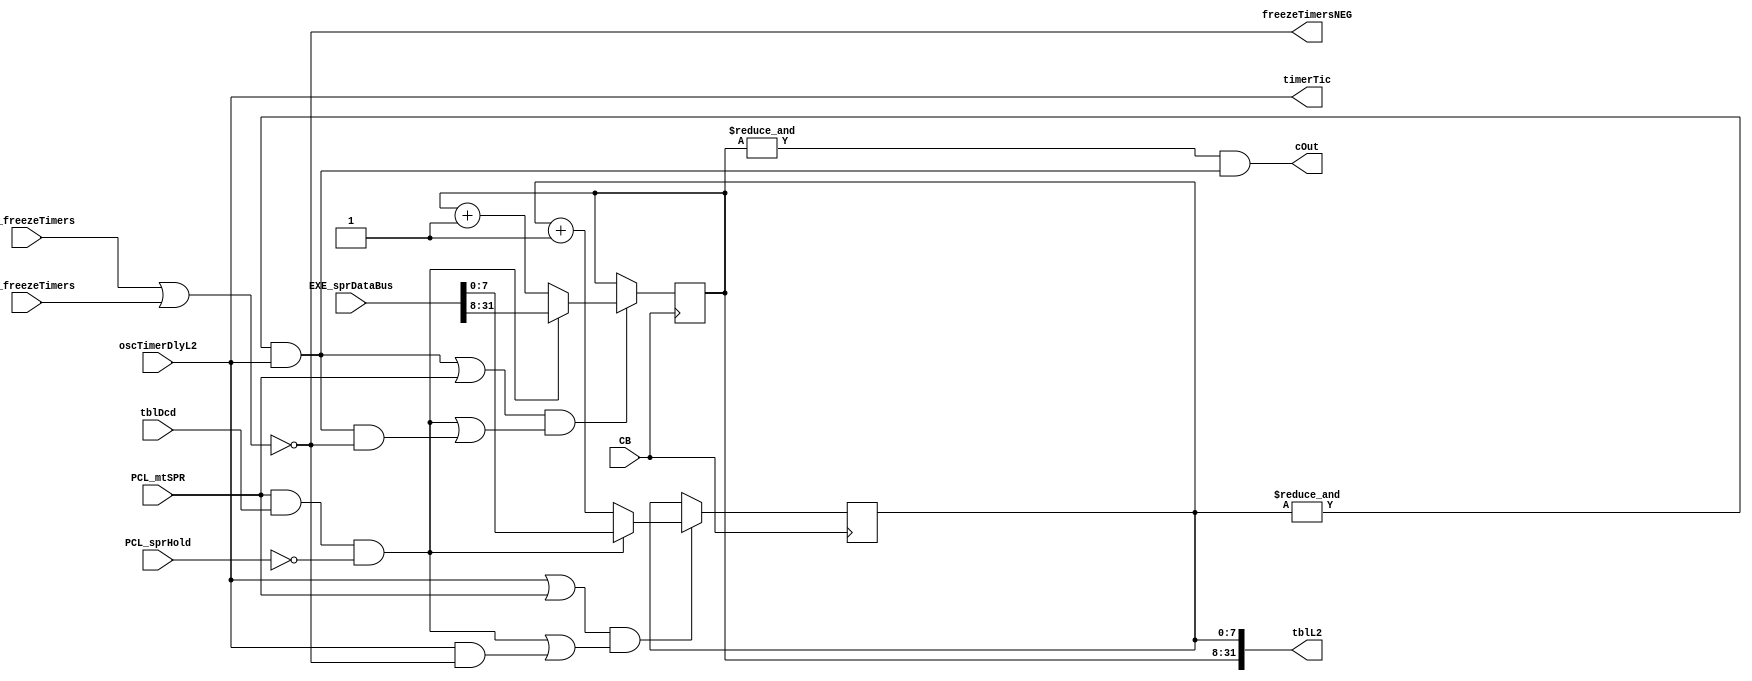
// 
// ************************************************************************** 
// 
//  Copyright (c) International Business Machines Corporation, 2005. 
// 
//  This file contains trade secrets and other proprietary and confidential 
//  information of International Business Machines Corporation which are 
//  protected by copyright and other intellectual property rights and shall 
//  not be reproduced, transferred to other documents, disclosed to others, 
//  or used for any purpose except as specifically authorized in writing by 
//  International Business Machines Corporation. This notice must be 
//  contained as part of this text at all times. 
// 
// ************************************************************************** 
//
module p405s_timerTbl( 
                cOut, 
                freezeTimersNEG, 
                tblL2, 
                timerTic, 
                CB, 
                DBG_freezeTimers,
                EXE_sprDataBus, 
                JTG_freezeTimers, 
                PCL_mtSPR, 
                PCL_sprHold, 
                oscTimerDlyL2, 
                tblDcd           
               );

output  cOut; 
output  freezeTimersNEG; 
output  timerTic;
output [0:31]  tblL2;

input  DBG_freezeTimers; 
input  JTG_freezeTimers; 
input  PCL_mtSPR; 
input  PCL_sprHold; 
input  oscTimerDlyL2; 
input  tblDcd;
input [0:31]  EXE_sprDataBus;
input CB;

// Buses in the design

wire  [0:31]  inc;
wire timerTic ;
wire timerTic_i ;
wire freezeTimersNEG ;
wire freezeTimersNEG_i ;
wire cOut8 ;
wire cOut ;
wire sprDataSel ;
wire tbl8E1 ;
wire tbl8E2 ;
wire tbl24E1 ;
wire tbl24E2 ;
reg [0:31]  tblL2_i;
wire [0:31]  tblL2;

assign freezeTimersNEG = freezeTimersNEG_i;
assign timerTic = timerTic_i;
assign tblL2 = tblL2_i;
// Removed the module timerTblEqs 
assign timerTic_i = oscTimerDlyL2;
assign freezeTimersNEG_i = ~(DBG_freezeTimers | JTG_freezeTimers);

assign cOut8 = (&tblL2_i[24:31]) & timerTic_i;
assign cOut = (&tblL2_i[0:23]) & cOut8;

assign sprDataSel = PCL_mtSPR & tblDcd & ~PCL_sprHold;

assign tbl8E1 = timerTic_i | PCL_mtSPR;
assign tbl8E2 = (PCL_mtSPR & tblDcd & ~PCL_sprHold) | 
                (timerTic_i & freezeTimersNEG_i);

assign tbl24E1 = cOut8 | PCL_mtSPR;
assign tbl24E2 = (PCL_mtSPR & tblDcd & ~PCL_sprHold) | 
                 (cOut8 & freezeTimersNEG_i);

//timerTblInc24 TblInc24(inc[0:23], tblL2[0:23]);
assign inc[0:23] = tblL2_i[0:23] + 1;

//timerTblInc8 TblInc8(inc[24:31], tblL2[24:31]);
assign inc[24:31] = tblL2_i[24:31] + 1;
// Removed the module dp_regTIM_timerTbl24 
   always @(posedge CB)    
    begin            
    if (tbl24E1 && tbl24E2)    
      if (~sprDataSel)      
        tblL2_i[0:23] <= inc[0:23];  
      else
        tblL2_i[0:23] <= EXE_sprDataBus[0:23];  
   end           
// Removed the module dp_regTIM_timerTbl8 
   always @(posedge CB)  	
    begin				  	
    if (tbl8E1 && tbl8E2)		
      if (~sprDataSel)			
        tblL2_i[24:31] <= inc[24:31];	
      else
        tblL2_i[24:31] <= EXE_sprDataBus[24:31];	
   end			 		
endmodule